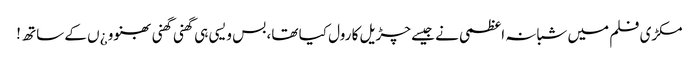
مکڑی فلم میں شبانہ اعظمی نے جیسے چڑیل کا رول کیا تھا، بس ویسی ہی گھنی گھنی بھنوو ¿ں کے ساتھ !